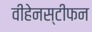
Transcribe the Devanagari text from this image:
वीहेनस्टीफन